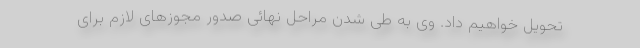
تحویل خواهیم داد. وی به طی شدن مراحل نهائی صدور مجوزهای لازم برای